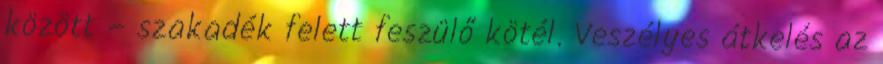
között – szakadék felett feszülő kötél. Veszélyes átkelés az